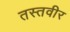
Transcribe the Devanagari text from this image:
तस्तवीर